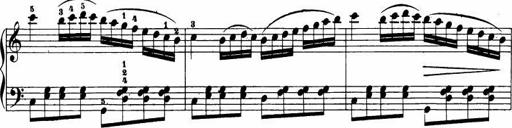
Title: Le bouquetier
Composer: Anton Diabelli
Key: G major
 C major
 F major
 C major